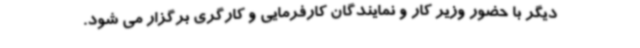
دیگر با حضور وزیر کار و نمایندگان کارفرمایی و کارگری برگزار می شود.